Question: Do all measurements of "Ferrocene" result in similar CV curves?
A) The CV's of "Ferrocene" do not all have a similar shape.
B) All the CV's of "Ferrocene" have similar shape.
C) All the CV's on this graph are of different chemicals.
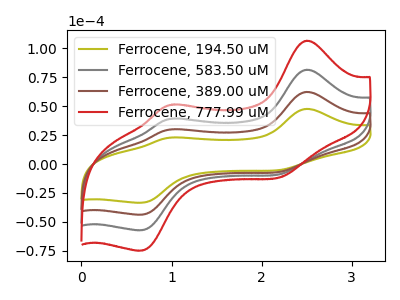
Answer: <think>The olive curve "Ferrocene, 194.50 uM" has anodic peaks at (2.50V, 47.65uA) (1.05V, 23.00uA) and cathodic peaks at (2.25V, -4.70uA) (0.65V, -33.40uA). The gray curve "Ferrocene, 583.50 uM" has anodic peaks at (2.50V, 124.65uA) (1.05V, 60.10uA) and cathodic peaks at (2.25V, -12.25uA) (0.65V, -87.30uA). The brown curve "Ferrocene, 389.00 uM" has anodic peaks at (2.50V, 62.30uA) (1.05V, 30.05uA) and cathodic peaks at (2.25V, -6.15uA) (0.65V, -43.65uA). The red curve "Ferrocene, 777.99 uM" has anodic peaks at (2.50V, 186.95uA) (1.05V, 90.20uA) and cathodic peaks at (2.25V, -18.40uA) (0.65V, -130.95uA).
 All the peaks in "Ferrocene, 194.50 uM" have a peak in "Ferrocene, 583.50 uM" at the same potential. Every peak in "Ferrocene, 194.50 uM" is lower than every peak in "Ferrocene, 583.50 uM". All the peaks in "Ferrocene, 194.50 uM" have a peak in "Ferrocene, 389.00 uM" at the same potential. Every peak in "Ferrocene, 194.50 uM" is lower than every peak in "Ferrocene, 389.00 uM". All the peaks in "Ferrocene, 194.50 uM" have a peak in "Ferrocene, 777.99 uM" at the same potential. Every peak in "Ferrocene, 194.50 uM" is lower than every peak in "Ferrocene, 777.99 uM". All the peaks in "Ferrocene, 583.50 uM" have a peak in "Ferrocene, 389.00 uM" at the same potential. Every peak in "Ferrocene, 583.50 uM" is higher than every peak in "Ferrocene, 389.00 uM". All the peaks in "Ferrocene, 583.50 uM" have a peak in "Ferrocene, 777.99 uM" at the same potential. Every peak in "Ferrocene, 583.50 uM" is lower than every peak in "Ferrocene, 777.99 uM". All the peaks in "Ferrocene, 389.00 uM" have a peak in "Ferrocene, 777.99 uM" at the same potential. Every peak in "Ferrocene, 389.00 uM" is lower than every peak in "Ferrocene, 777.99 uM".</think>
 <answer>B) All the CV's of "Ferrocene" have similar shape.</answer>
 <eval>B</eval>